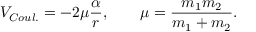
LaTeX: V _ { C o u l . } = - 2 \mu \frac { \alpha } { r } , \ \ \ \ \ \ \mu = \frac { m _ { 1 } m _ { 2 } } { m _ { 1 } + m _ { 2 } } .